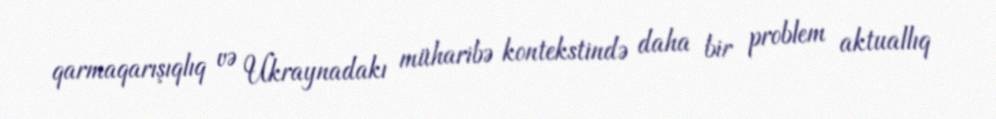
qarmaqarışıqlıq və Ukraynadakı müharibə kontekstində daha bir problem aktuallıq